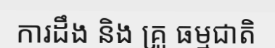
ការដឹង និង គ្រូ ធម្មជាតិ